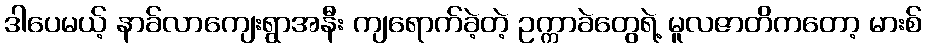
ဒါပေမယ့် နာခ်လာကျေးရွာအနီး ကျရောက်ခဲ့တဲ့ ဥက္ကာခဲတွေရဲ့ မူလဇာတိကတော့ မားစ်